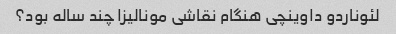
لئوناردو داوینچی هنگام نقاشی مونالیزا چند ساله بود؟